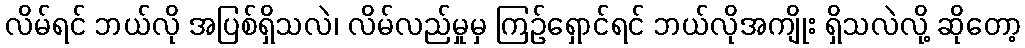
လိမ်ရင် ဘယ်လို အပြစ်ရှိသလဲ၊ လိမ်လည်မှုမှ ကြဉ်ရှောင်ရင် ဘယ်လိုအကျိုး ရှိသလဲလို့ ဆိုတော့